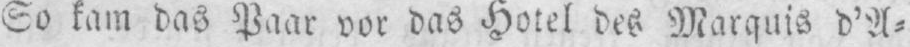
So kam das Paar vor das Hotel des Marquis d’A⸗